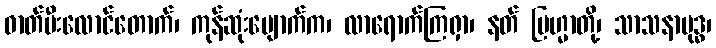
ဓာတ်မီးလောင်တောက်၊ ကုန်ဆုံးပျောက်က၊ လာရောက်ကြရှာ၊ နတ် ဗြဟ္မာတို့၊ သာသနာဗုဒ္ဓ၊